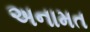
અનામત